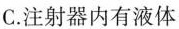
C.注射器内有液体